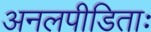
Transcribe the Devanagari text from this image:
अनलपीडिताः